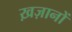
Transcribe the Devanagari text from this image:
ख़ज़ानों